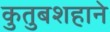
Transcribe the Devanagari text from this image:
कुतुबशहाने